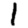
Digit: 1